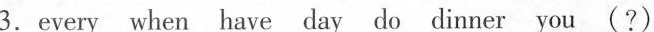
3.every when have day do dinner you (?)